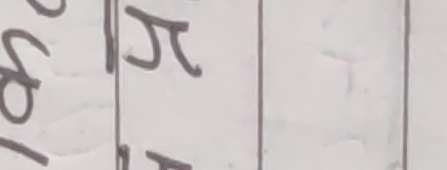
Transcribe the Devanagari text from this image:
र